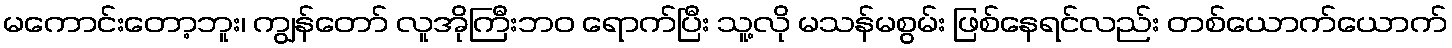
မကောင်းတော့ဘူး၊ ကျွန်တော် လူအိုကြီးဘဝ ရောက်ပြီး သူ့လို မသန်မစွမ်း ဖြစ်နေရင်လည်း တစ်ယောက်ယောက်